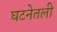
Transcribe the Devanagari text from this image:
घटनेतली